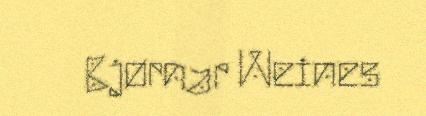
Bjørnar Weines